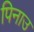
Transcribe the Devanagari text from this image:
पिनाउ